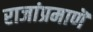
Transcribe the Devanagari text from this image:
राजांप्रमाणॆ